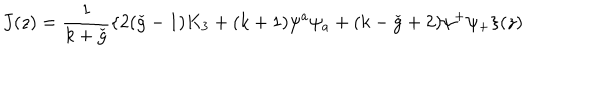
LaTeX: J ( z ) = \frac { 1 } { k + \check { g } } \{ 2 ( \check { g } - 1 ) K _ { 3 } + ( k + 1 ) \psi ^ { a } \psi _ { a } + ( k - \check { g } + 2 ) \psi ^ { + } \psi _ { + } \} ( z )